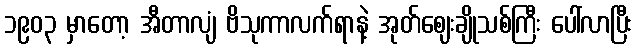
၁၉၀၃ မှာတော့ အီတာလျံ ဗိသုကာလက်ရာနဲ့ အုတ်ဈေးချိုသစ်ကြီး ပေါ်လာပြီး